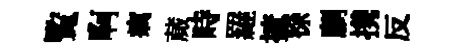
覧啊癘蕆畤羅摭徐劘携反